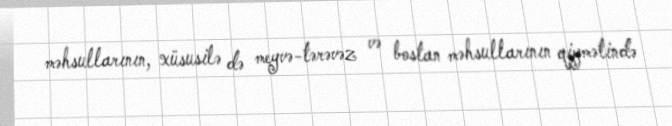
məhsullarının, xüsusilə də meyvə-tərəvəz və bostan məhsullarının qiymətində